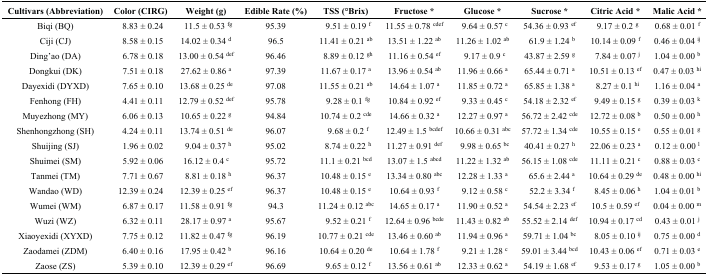
<table><thead><tr><td><b>Cultivars (Abbreviation)</b></td><td><b>Color (CIRG)</b></td><td><b>Weight (g)</b></td><td><b>Edible Rate (%)</b></td><td><b>TSS (°Brix)</b></td><td><b>Fructose *</b></td><td><b>Glucose *</b></td><td><b>Sucrose *</b></td><td><b>Citric Acid *</b></td><td><b>Malic Acid *</b></td></tr></thead><tbody><tr><td>Biqi (BQ)</td><td>8.83 ± 0.24</td><td>11.5 ± 0.53 <sup>fg</sup></td><td>95.39</td><td>9.51 ± 0.19 <sup>f</sup></td><td>11.55 ± 0.78 <sup>cdef</sup></td><td>9.64 ± 0.57 <sup>c</sup></td><td>54.36 ± 0.93 <sup>ef</sup></td><td>9.17 ± 0.2 <sup>g</sup></td><td>0.68 ± 0.01 <sup>f</sup></td></tr><tr><td>Ciji (CJ)</td><td>8.58 ± 0.15</td><td>14.02 ± 0.34 <sup>d</sup></td><td>96.5</td><td>11.41 ± 0.21 <sup>ab</sup></td><td>13.51 ± 1.22 <sup>ab</sup></td><td>11.26 ± 1.02 <sup>ab</sup></td><td>61.9 ± 1.24 <sup>b</sup></td><td>10.14 ± 0.09 <sup>f</sup></td><td>0.46 ± 0.04 <sup>ij</sup></td></tr><tr><td>Ding’ao (DA)</td><td>6.78 ± 0.18</td><td>13.00 ± 0.54 <sup>def</sup></td><td>96.46</td><td>8.89 ± 0.12 <sup>gh</sup></td><td>11.16 ± 0.54 <sup>ef</sup></td><td>9.17 ± 0.9 <sup>c</sup></td><td>43.87 ± 2.59 <sup>g</sup></td><td>7.84 ± 0.07 <sup>j</sup></td><td>1.04 ± 0.00 <sup>b</sup></td></tr><tr><td>Dongkui (DK)</td><td>7.51 ± 0.18</td><td>27.62 ± 0.86 <sup>a</sup></td><td>97.39</td><td>11.67 ± 0.17 <sup>a</sup></td><td>13.96 ± 0.54 <sup>ab</sup></td><td>11.96 ± 0.66 <sup>a</sup></td><td>65.44 ± 0.71 <sup>a</sup></td><td>10.51 ± 0.13 <sup>ef</sup></td><td>0.47 ± 0.03 <sup>hi</sup></td></tr><tr><td>Dayexidi (DYXD)</td><td>7.65 ± 0.10</td><td>13.68 ± 0.25 <sup>de</sup></td><td>97.08</td><td>11.55 ± 0.21 <sup>ab</sup></td><td>14.64 ± 1.07 <sup>a</sup></td><td>11.85 ± 0.72 <sup>a</sup></td><td>65.85 ± 1.38 <sup>a</sup></td><td>8.27 ± 0.1 <sup>hi</sup></td><td>1.16 ± 0.04 <sup>a</sup></td></tr><tr><td>Fenhong (FH)</td><td>4.41 ± 0.11</td><td>12.79 ± 0.52 <sup>def</sup></td><td>95.78</td><td>9.28 ± 0.1 <sup>fg</sup></td><td>10.84 ± 0.92 <sup>ef</sup></td><td>9.33 ± 0.45 <sup>c</sup></td><td>54.18 ± 2.32 <sup>ef</sup></td><td>9.49 ± 0.15 <sup>g</sup></td><td>0.39 ± 0.03 <sup>k</sup></td></tr><tr><td>Muyezhong (MY)</td><td>6.06 ± 0.13</td><td>10.65 ± 0.22 <sup>g</sup></td><td>94.84</td><td>10.74 ± 0.2 <sup>cde</sup></td><td>14.66 ± 0.32 <sup>a</sup></td><td>12.27 ± 0.97 <sup>a</sup></td><td>56.72 ± 2.42 <sup>cde</sup></td><td>12.72 ± 0.08 <sup>b</sup></td><td>0.50 ± 0.00 <sup>h</sup></td></tr><tr><td>Shenhongzhong (SH)</td><td>4.24 ± 0.11</td><td>13.74 ± 0.51 <sup>de</sup></td><td>96.07</td><td>9.68 ± 0.2 <sup>f</sup></td><td>12.49 ± 1.5 <sup>bcdef</sup></td><td>10.66 ± 0.31 <sup>abc</sup></td><td>57.72 ± 1.34 <sup>cde</sup></td><td>10.55 ± 0.15 <sup>e</sup></td><td>0.55 ± 0.01 <sup>g</sup></td></tr><tr><td>Shuijing (SJ)</td><td>1.96 ± 0.02</td><td>9.04 ± 0.37 <sup>h</sup></td><td>95.02</td><td>8.74 ± 0.22 <sup>h</sup></td><td>11.27 ± 0.91 <sup>def</sup></td><td>9.98 ± 0.65 <sup>bc</sup></td><td>40.41 ± 0.27 <sup>h</sup></td><td>22.06 ± 0.23 <sup>a</sup></td><td>0.12 ± 0.00 <sup>l</sup></td></tr><tr><td>Shuimei (SM)</td><td>5.92 ± 0.06</td><td>16.12 ± 0.4 <sup>c</sup></td><td>95.72</td><td>11.1 ± 0.21 <sup>bcd</sup></td><td>13.07 ± 1.5 <sup>abcd</sup></td><td>11.22 ± 1.32 <sup>ab</sup></td><td>56.15 ± 1.08 <sup>cde</sup></td><td>11.11 ± 0.21 <sup>c</sup></td><td>0.88 ± 0.03 <sup>c</sup></td></tr><tr><td>Tanmei (TM)</td><td>7.71 ± 0.67</td><td>8.81 ± 0.18 <sup>h</sup></td><td>96.37</td><td>10.48 ± 0.15 <sup>e</sup></td><td>13.34 ± 0.80 <sup>abc</sup></td><td>12.28 ± 1.33 <sup>a</sup></td><td>65.6 ± 2.44 <sup>a</sup></td><td>10.64 ± 0.29 <sup>de</sup></td><td>0.48 ± 0.00 <sup>hi</sup></td></tr><tr><td>Wandao (WD)</td><td>12.39 ± 0.24</td><td>12.39 ± 0.25 <sup>ef</sup></td><td>96.37</td><td>10.48 ± 0.15 <sup>e</sup></td><td>10.64 ± 0.93 <sup>f</sup></td><td>9.12 ± 0.58 <sup>c</sup></td><td>52.2 ± 3.34 <sup>f</sup></td><td>8.45 ± 0.06 <sup>h</sup></td><td>1.04 ± 0.01 <sup>b</sup></td></tr><tr><td>Wumei (WM)</td><td>6.87 ± 0.17</td><td>11.58 ± 0.91 <sup>fg</sup></td><td>94.3</td><td>11.24 ± 0.12 <sup>abc</sup></td><td>14.65 ± 0.17 <sup>a</sup></td><td>11.90 ± 0.52 <sup>a</sup></td><td>54.54 ± 2.23 <sup>ef</sup></td><td>10.5 ± 0.59 <sup>ef</sup></td><td>0.04 ± 0.00 <sup>m</sup></td></tr><tr><td>Wuzi (WZ)</td><td>6.32 ± 0.11</td><td>28.17 ± 0.97 <sup>a</sup></td><td>95.67</td><td>9.52 ± 0.21 <sup>f</sup></td><td>12.64 ± 0.96 <sup>bcde</sup></td><td>11.43 ± 0.82 <sup>ab</sup></td><td>55.52 ± 2.14 <sup>def</sup></td><td>10.94 ± 0.17 <sup>cd</sup></td><td>0.43 ± 0.01 <sup>j</sup></td></tr><tr><td>Xiaoyexidi (XYXD)</td><td>7.75 ± 0.12</td><td>11.82 ± 0.47 <sup>fg</sup></td><td>96.19</td><td>10.77 ± 0.21 <sup>cde</sup></td><td>13.46 ± 0.60 <sup>ab</sup></td><td>11.94 ± 0.96 <sup>a</sup></td><td>59.71 ± 1.04 <sup>bc</sup></td><td>8.05 ± 0.10 <sup>ij</sup></td><td>0.75 ± 0.00 <sup>d</sup></td></tr><tr><td>Zaodamei (ZDM)</td><td>6.40 ± 0.16</td><td>17.95 ± 0.42 <sup>b</sup></td><td>96.16</td><td>10.64 ± 0.20 <sup>de</sup></td><td>10.64 ± 1.78 <sup>f</sup></td><td>9.21 ± 1.28 <sup>c</sup></td><td>59.01 ± 3.44 <sup>bcd</sup></td><td>10.43 ± 0.06 <sup>ef</sup></td><td>0.71 ± 0.03 <sup>e</sup></td></tr><tr><td>Zaose (ZS)</td><td>5.39 ± 0.10</td><td>12.39 ± 0.29 <sup>ef</sup></td><td>96.69</td><td>9.65 ± 0.12 <sup>f</sup></td><td>13.56 ± 0.61 <sup>ab</sup></td><td>12.33 ± 0.62 <sup>a</sup></td><td>54.19 ± 1.68 <sup>ef</sup></td><td>9.53 ± 0.17 <sup>g</sup></td><td>1.05 ± 0.00 <sup>b</sup></td></tr></tbody></table>